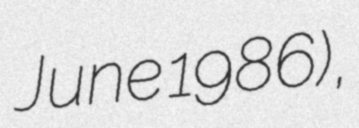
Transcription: June 1986),